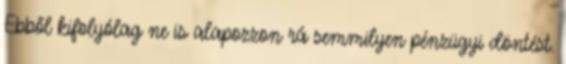
Ebből kifolyólag ne is alapozzon rá semmilyen pénzügyi döntést.